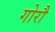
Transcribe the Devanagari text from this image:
गोरौ